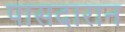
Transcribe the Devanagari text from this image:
पासदारान